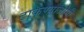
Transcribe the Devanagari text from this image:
टाकण्याजोगी